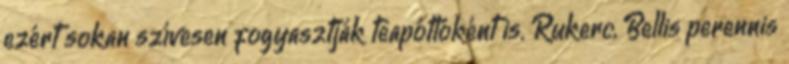
ezért sokan szívesen fogyasztják teapótlóként is. Rukerc, Bellis perennis